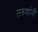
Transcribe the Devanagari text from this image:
तरुणांनीं